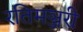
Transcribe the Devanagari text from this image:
रतिमञ्जरी